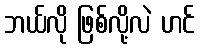
ဘယ်လို ဖြစ်လို့လဲ ဟင်